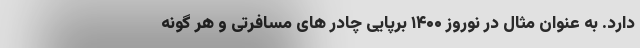
دارد. به عنوان مثال در نوروز ۱۴۰۰ برپایی چادر های مسافرتی و هر گونه